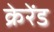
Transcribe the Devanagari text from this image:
क्रेरेंड